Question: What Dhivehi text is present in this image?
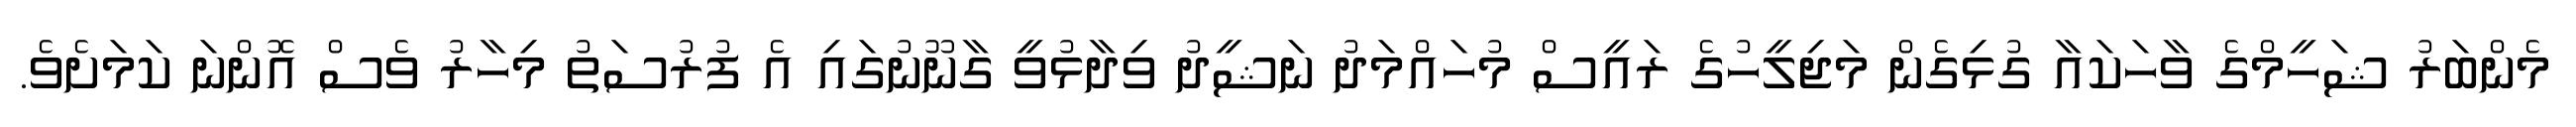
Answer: މެންބަރު ޝަހީމްގެ ވާހަކައާ ގުޅިގެން މަޖިލީހުގެ ރައީސް މުހައްމަދު ނަޝީދު ވިދާޅުވީ ގާނޫނުގައި އެ ފުރުސަތު މިހާރު ވެސް އޮންނަ ކަމަށެވެ.